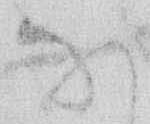
な